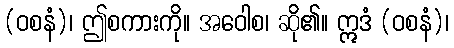
(ဝစနံ)၊ ဤစကားကို။ အဝေါစ၊ ဆို၏။ ဣဒံ (ဝစနံ)၊